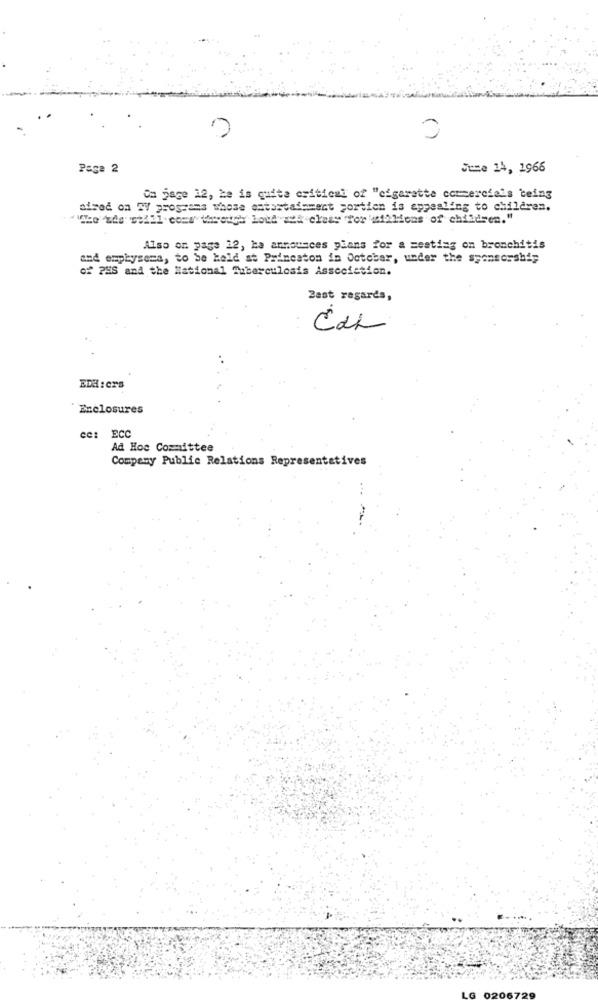
()
Page 2
June 14, 1966
Om jage 12, he is quite critical of "cigarette commercials being
aised on TV programs whose estostainment portion is appealing to children.
:"Ifhe Lis still come through loud wea class "for millions of children."
Also on page 12, ka announces plans for a meeting on bronchitis
and emphysema, to be held at Princston in October, under the sponsorship
of PHS and the National Tuberculosis Association.
Best regards,
EDA:ers
Enclosures
ce: ECC
Ad Hoc Committee
Company Public Relations Representatives